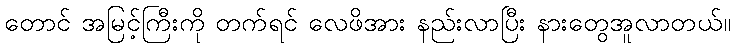
တောင် အမြင့်ကြီးကို တက်ရင် လေဖိအား နည်းလာပြီး နားတွေအူလာတယ်။